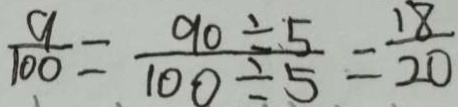
\frac { 9 } { 1 0 0 } = \frac { 9 0 \div 5 } { 1 0 0 \div 5 } = \frac { 1 8 } { 2 0 }